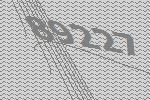
89227